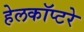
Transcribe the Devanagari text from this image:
हेलकॉप्टरे